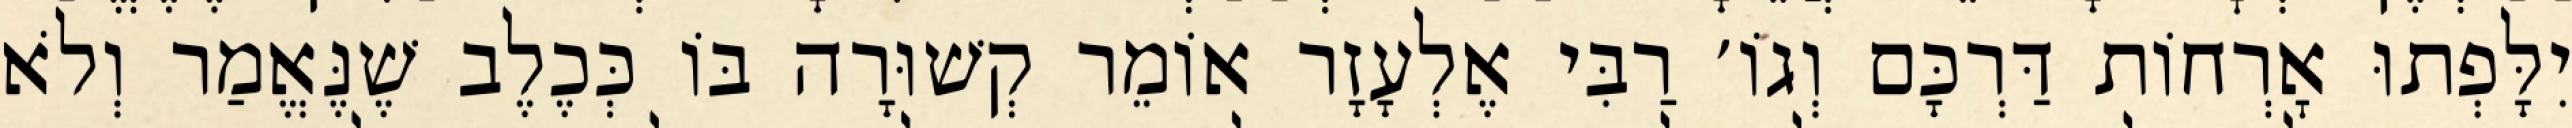
יִלָּפְתוּ אׇרְחוֹת דַּרְכָּם וְגוֹ׳ רַבִּי אֶלְעָזָר אוֹמֵר קְשׁוּרָה בּוֹ כְּכֶלֶב שֶׁנֶּאֱמַר וְלֹא